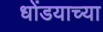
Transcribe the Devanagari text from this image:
धोंडयाच्या